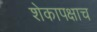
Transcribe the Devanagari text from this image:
शेकापक्षाच